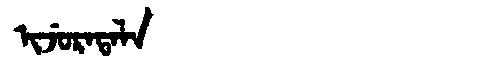
Manchu: ᡳᠵᡠᡵᠠᡨᠠᠯᠠ
Romanization: IJURATALA